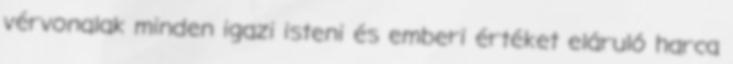
vérvona­lak minden igazi isteni és emberi értéket eláru­ló har­ca